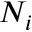
N _ { i }